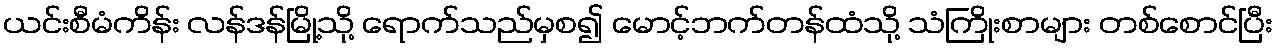
ယင်းစီမံကိန်း လန်ဒန်မြို့သို့ ရောက်သည်မှစ၍ မောင့်ဘက်တန်ထံသို့ သံကြိုးစာများ တစ်စောင်ပြီး